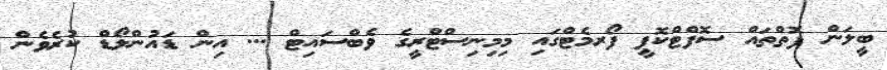
ބީލަން ފޮތްތައް ސޮފްޓްކޮޕީ ފޯރމެޓްގައި މިމިނިސްޓްރީގެ ވެބްސައިޓް ... އިން ޑައުންލޯޑް ކުރެވެން